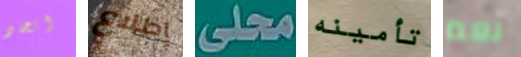
اتخاذ إطلاع محلى تأمينه نعم